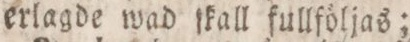
erlagde wad ſkall fullföljas;